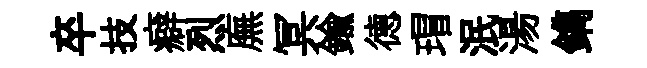
卒技癖烈廡冥鍮德瑁泯湯鐫